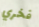
فخري